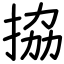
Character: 拹